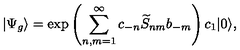
| \Psi _ { g } \rangle = \exp \left( \sum _ { n , m = 1 } ^ { \infty } c _ { - n } \widetilde { S } _ { n m } b _ { - m } \right) c _ { 1 } | 0 \rangle ,